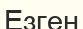
Езген